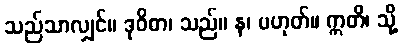
သည်သာလျှင်။ ဒုဝိဓာ၊ သည်။ န၊ မဟုတ်။ ဣတိ၊ သို့